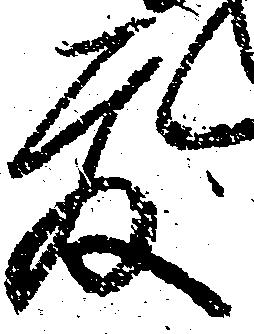
度